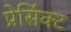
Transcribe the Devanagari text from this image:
प्रेसिंक्ट